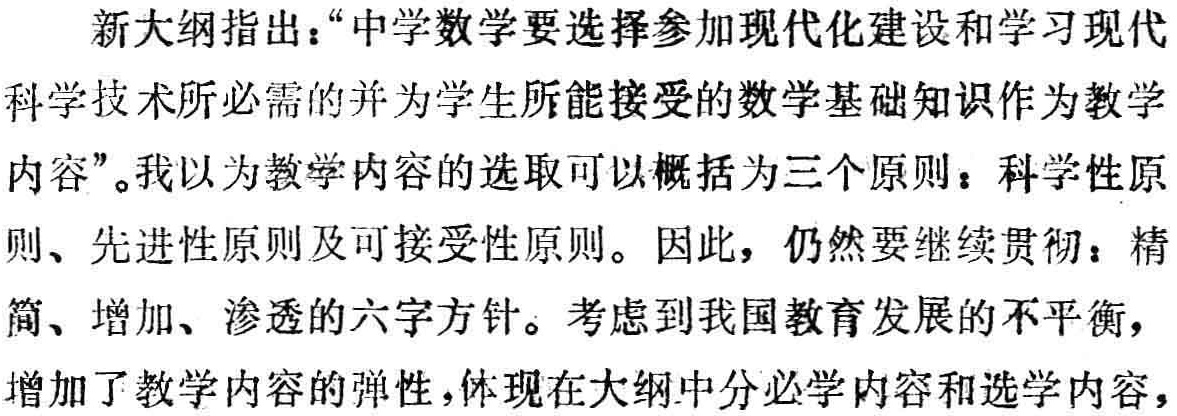
新大纲指出：“中学数学要选择参加现代化建设和学习现代科学技术所必需的并为学生所能接受的数学基础知识作为教学内容”。我以为教学内容的选取可以概括为三个原则：科学性原则、先进性原则及可接受性原则。因此，仍然要继续贯彻：精简、增加、渗透的六字方针。考虑到我国教育发展的不平衡，增加了教学内容的弹性，体现在大纲中分必学内容和选学内容，